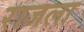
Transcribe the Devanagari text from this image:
राजला